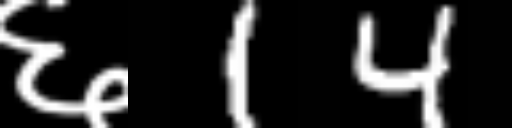
Text: ६14